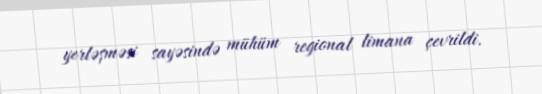
yerləşməsi sayəsində mühüm regional limana çevrildi.